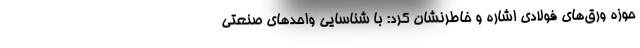
حوزه ورق‌های فولادی اشاره و خاطرنشان‌ کرد: با شناسایی واحدهای صنعتی